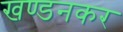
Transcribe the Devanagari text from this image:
खण्डनकर